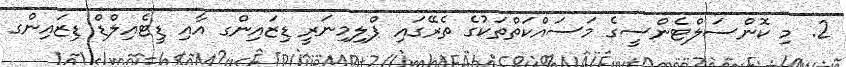
2. މި ކޮންސަލްޓެންސީގެ މަސައްކަތްތަކުގެ ތެރޭގައި ޕްލިމިނަރީ ޑިޒައިންގ އާއި ޑީޓެއިލްޑް ޑިޒައިންގ